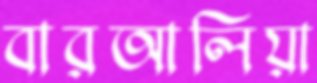
বারআলিয়া